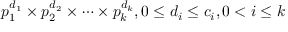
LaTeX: p _ { 1 } ^ { d _ { 1 } } \times p _ { 2 } ^ { d _ { 2 } } \times \cdots \times p _ { k } ^ { d _ { k } } , 0 \leq d _ { i } \leq c _ { i } , 0 < i \leq k